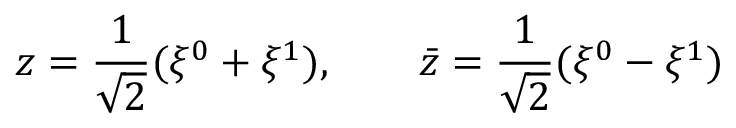
z = { \frac { 1 } { \sqrt 2 } } ( \xi ^ { 0 } + \xi ^ { 1 } ) , \qquad \bar { z } = { \frac { 1 } { \sqrt 2 } } ( \xi ^ { 0 } - \xi ^ { 1 } )